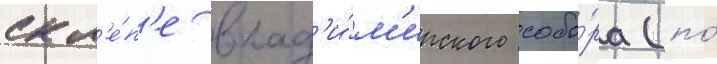
скл'е́п'е влад'и́м'ирского собо́ра (по́